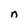
Character: n